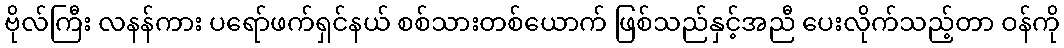
ဗိုလ်ကြီး လနန်ကား ပရော်ဖက်ရှင်နယ် စစ်သားတစ်ယောက် ဖြစ်သည်နှင့်အညီ ပေးလိုက်သည့်တာ ဝန်ကို